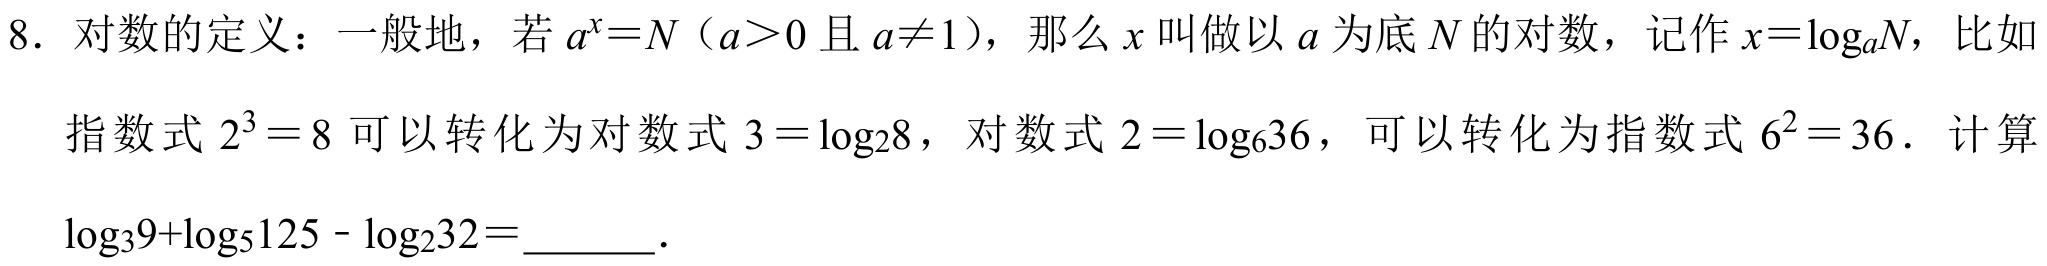
8. 对数的定义：一般地，若\(a^{x}=N\)（\(a > 0\)且\(a\neq1\)），那么\(x\)叫做以\(a\)为底\(N\)的对数，记作\(x = \log_{a}N\)，比如指数式\(2^{3}=8\)可以转化为对数式\(3=\log_{2}8\)，对数式\(2=\log_{6}36\)，可以转化为指数式\(6^{2}=36\)．计算\(\log_{3}9+\log_{5}125-\log_{2}32=\underline{\quad\quad}\)．